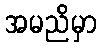
အမညိမှာ